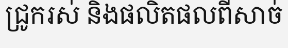
ជ្រូករស់ និងផលិតផលពីសាច់